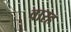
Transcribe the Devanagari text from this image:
वारह